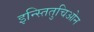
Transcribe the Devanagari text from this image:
इन्स्तितुचिओन